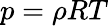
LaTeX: p=\rho RT